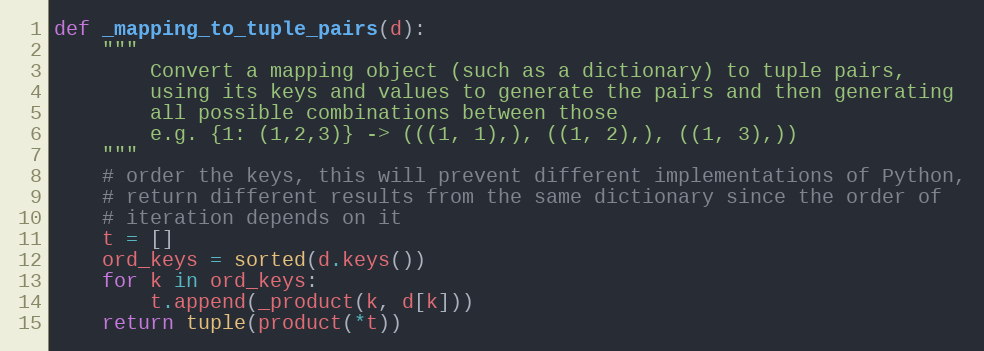
Language: Python
def _mapping_to_tuple_pairs(d):
    """
        Convert a mapping object (such as a dictionary) to tuple pairs,
        using its keys and values to generate the pairs and then generating
        all possible combinations between those
        e.g. {1: (1,2,3)} -> (((1, 1),), ((1, 2),), ((1, 3),))
    """
    # order the keys, this will prevent different implementations of Python,
    # return different results from the same dictionary since the order of
    # iteration depends on it
    t = []
    ord_keys = sorted(d.keys())
    for k in ord_keys:
        t.append(_product(k, d[k]))
    return tuple(product(*t))